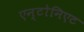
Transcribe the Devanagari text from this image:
एन्टोनिएट